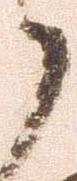
了